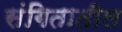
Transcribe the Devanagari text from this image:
संगितातील